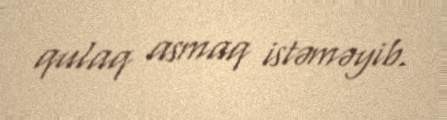
qulaq asmaq istəməyib.